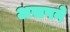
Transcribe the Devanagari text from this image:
असपने